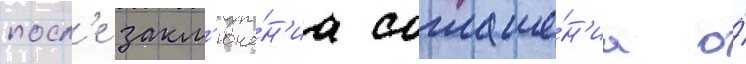
посл'е закл'юче́н'иа соглаше́н'иа о́